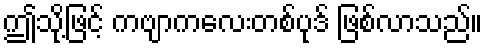
ဤသို့ဖြင့် ကဗျာကလေးတစ်ပုဒ် ဖြစ်လာသည်။